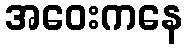
အဝေးကနေ